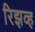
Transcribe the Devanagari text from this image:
रिझव्ह